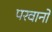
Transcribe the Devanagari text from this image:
परवानों